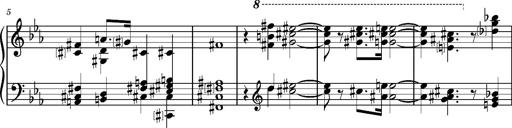
Title: 2 Sketches from 1829, S.692p
Composer: Franz Liszt
Key: B minor
 E flat major